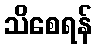
သိစေရန်